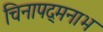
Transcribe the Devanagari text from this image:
चिनापद्मनाभ